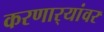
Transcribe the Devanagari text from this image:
करणार्‍यांवर